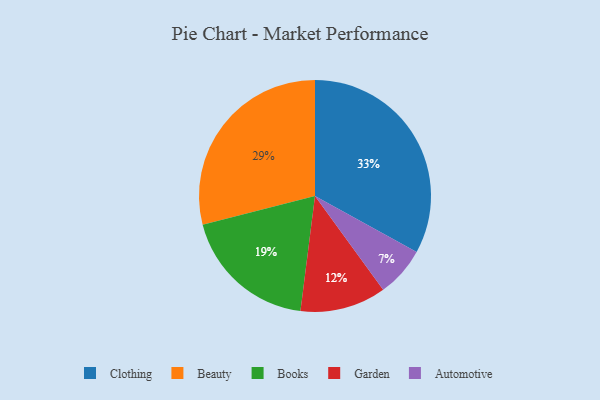
{"axis": {"x": "Category", "y": "Percentage"}, "legend": ["Automotive", "Beauty", "Books", "Clothing", "Garden"], "data": [{"x": "Garden", "y": 12, "type": "Garden"}, {"x": "Beauty", "y": 29, "type": "Beauty"}, {"x": "Books", "y": 19, "type": "Books"}, {"x": "Automotive", "y": 7, "type": "Automotive"}, {"x": "Clothing", "y": 33, "type": "Clothing"}]}